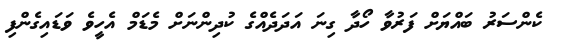
ކެންސަރު ބައްޔަށް ފަރުވާ ހޯދާ ގިނަ އަދަދެއްގެ ކުދިންނަށް މެޑަމް އެހީވެ ވަޑައިގެންފި